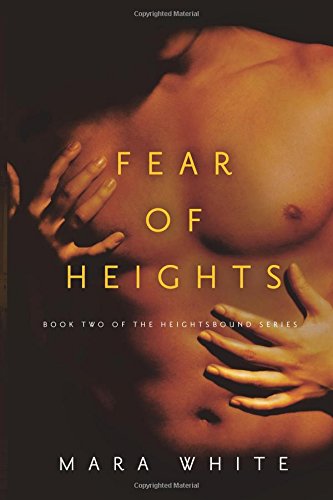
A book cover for Fear of Heights: Book Two of the Heightsbound Series (Volume 2); Mara White; Romance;